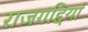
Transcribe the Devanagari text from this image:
राजगद्दियां